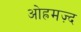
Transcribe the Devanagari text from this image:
ओह्रमज़्द